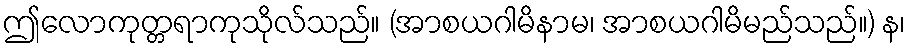
ဤလောကုတ္တရာကုသိုလ်သည်။ (အာစယဂါမိနာမ၊ အာစယဂါမိမည်သည်။) န၊